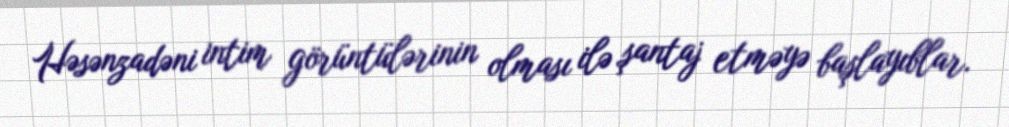
Həsənzadəni intim görüntülərinin olması ilə şantaj etməyə başlayıblar.